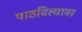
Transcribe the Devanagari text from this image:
पाठविल्यावर